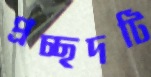
প্রচ্ছদটি